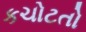
કચોટતો